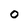
Character: 0